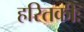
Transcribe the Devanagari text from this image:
हरितकीः